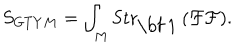
LaTeX: \displaystyle { S _ { G T Y M } = \int _ { M } \mathrm { S t r } _ { \mathrm { \bf ~ 1 } } \left( \mathcal { F } \mathcal { F } \right) } .